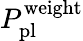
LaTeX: P_{\mathrm{pl}}^{\mathrm{weight}}